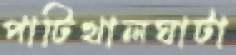
পাটিখালঘাটা